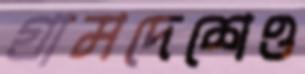
গ্রামদেশেও